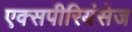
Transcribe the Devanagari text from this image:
एक्‍सपीरियंसेज